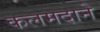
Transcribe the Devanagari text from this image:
कलमदाने